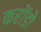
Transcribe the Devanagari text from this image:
करोंडो